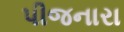
પીજનારા